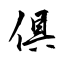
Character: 俱